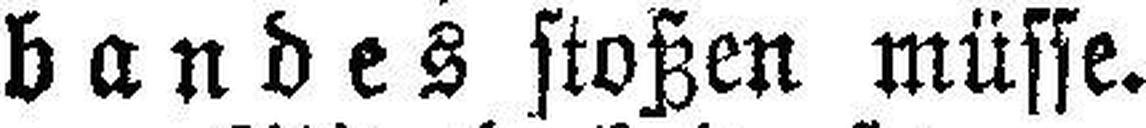
bandes stoßen müsse.